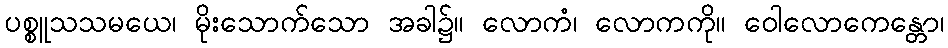
ပစ္စူသသမယေ၊ မိုးသောက်သော အခါ၌။ လောကံ၊ လောကကို။ ဝေါလောကေန္တော၊